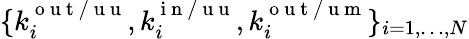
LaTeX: \lbrace k_{i}^{\mathrm{~o~u~t~/~u~u~}},k_{i}^{\mathrm{~i~n~/~u~u~}},k_{i}^{\mathrm{~o~u~t~/~u~m~}}\rbrace_{i=1,\dots,N}